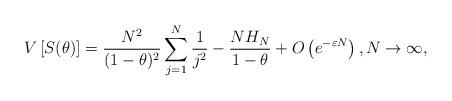
LaTeX: \begin{align*}V\left[S(\theta)\right]= \frac{N^2}{(1 - \theta)^2} \sum_{j=1}^N \frac{1}{j^2} - \frac{N H_N}{1 - \theta}+ O\left(e^{-\varepsilon N}\right),N \to \infty,\end{align*}